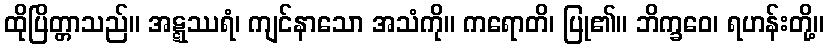
ထိုပြိတ္တာသည်။ အဋ္ဋဿရံ၊ ကျင်နာသော အသံကို။ ကရောတိ၊ ပြု၏။ ဘိက္ခဝေ၊ ရဟန်းတို့။